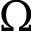
\Omega